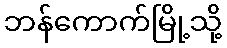
ဘန်ကောက်မြို့သို့